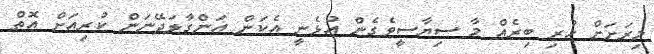
މިރަށަށް ހުރި ބިރެއް މާ ސިޔާސީވެގެން އުޅެނީ އެކަން އަންގާލަދޭނަން ކުރިއަށް އޮތް